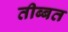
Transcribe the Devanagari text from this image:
तीब्‍बत